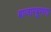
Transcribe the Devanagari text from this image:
बाजारबुणगा